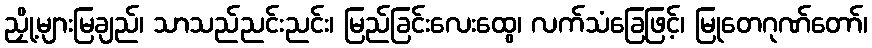
ညှို့များမြချည်၊ သာသည်ညင်းညင်း၊ မြည်ခြင်းလေးထွေ၊ လက်သံခြေဖြင့်၊ မြုတေဂုဏ်တော်၊